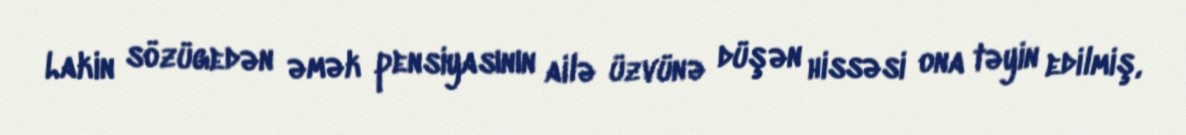
Lakin sözügedən əmək pensiyasının ailə üzvünə düşən hissəsi ona təyin edilmiş,